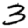
Digit: 3